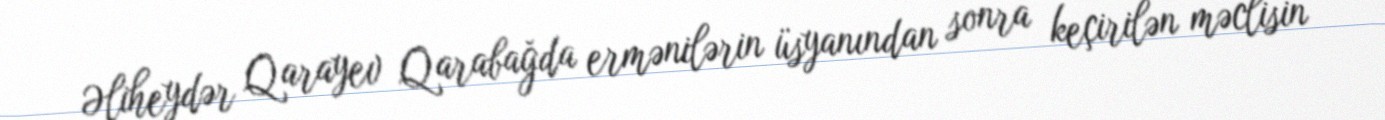
Əliheydər Qarayev Qarabağda ermənilərin üsyanından sonra keçirilən məclisin